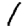
Digit: 1